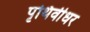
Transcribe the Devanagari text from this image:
पृथिवीधर